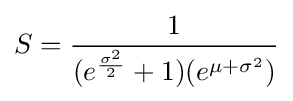
S={\frac {1}{(e^{\frac {\sigma ^{2}}{2}}+1)(e^{\mu +\sigma ^{2}})}}